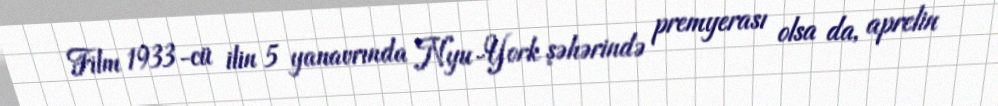
Film 1933-cü ilin 5 yanavrında Nyu-York şəhərində premyerası olsa da, aprelin